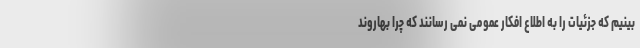
بینیم که جزئیات را به اطلاع افکار عمومی نمی رسانند که چرا بهاروند